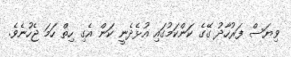
ވިޔަސް ފަރުހާދު ގޭގެ ކަންކަމުގައި އުޅެދެނީ ކަން އެގި ހިތް ހަމަ ޖެހުނެވެ.